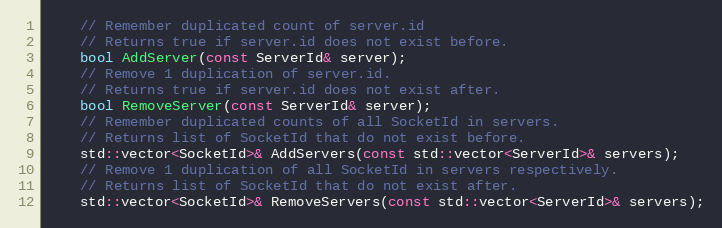
Language: C
    // Remember duplicated count of server.id
    // Returns true if server.id does not exist before.
    bool AddServer(const ServerId& server);
    // Remove 1 duplication of server.id.
    // Returns true if server.id does not exist after.
    bool RemoveServer(const ServerId& server);
    // Remember duplicated counts of all SocketId in servers.
    // Returns list of SocketId that do not exist before.
    std::vector<SocketId>& AddServers(const std::vector<ServerId>& servers);
    // Remove 1 duplication of all SocketId in servers respectively.
    // Returns list of SocketId that do not exist after.
    std::vector<SocketId>& RemoveServers(const std::vector<ServerId>& servers);